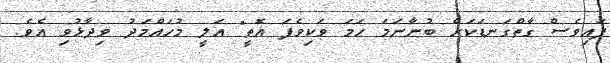
ފައިވެސް ގާތްގަނޑަކަށް ބުނާނަމަ ހަމަ ވަކިވެފަ އޮތީ" އަލީ މުހައްމަދު ވިދާޅުވި އެވެ.